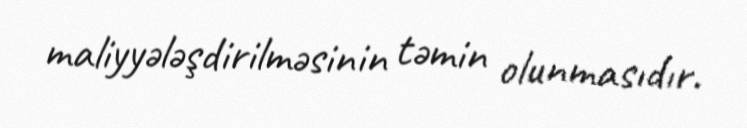
maliyyələşdirilməsinin təmin olunmasıdır.